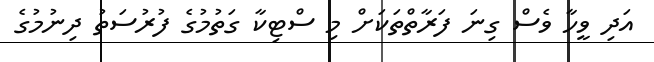
އަދި ވީހާ ވެސް ގިނަ ފަރާތްތަކަށް މި ސްޓިކާ ގަތުމުގެ ފުރުސަތު ދިނުމުގެ